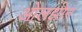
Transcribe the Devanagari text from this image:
ओलझोन